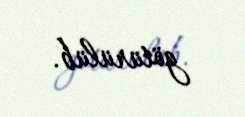
götürülüb.